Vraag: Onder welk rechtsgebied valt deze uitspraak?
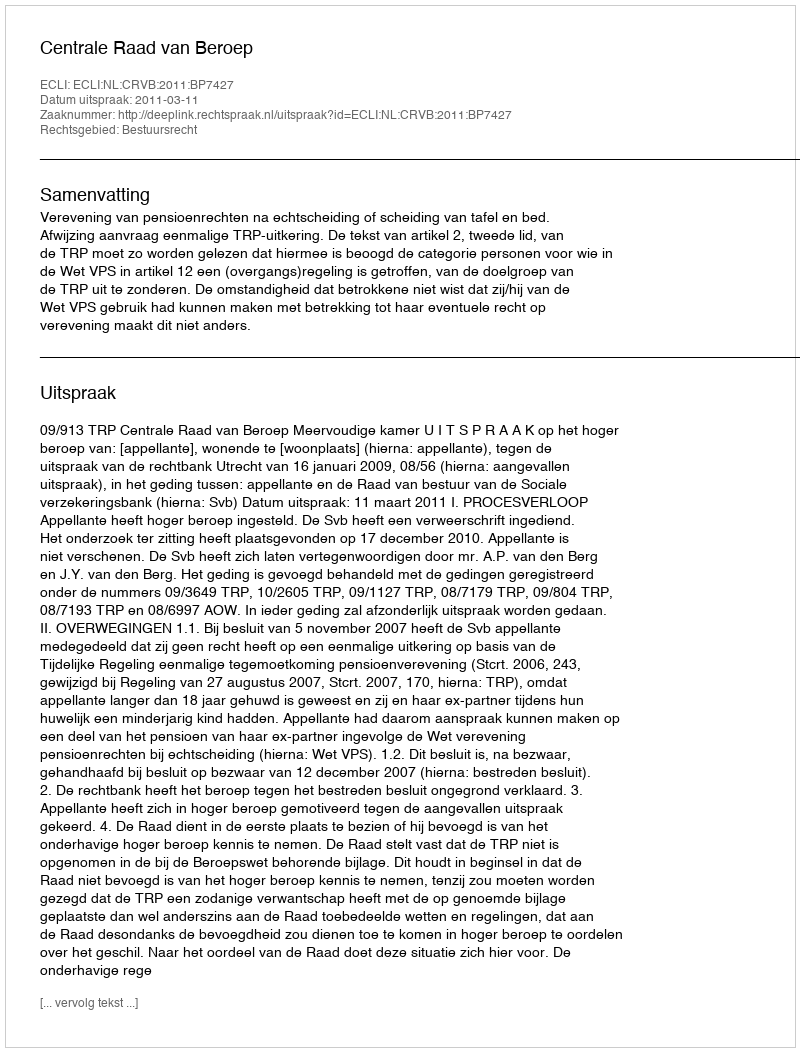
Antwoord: Bestuursrecht